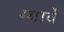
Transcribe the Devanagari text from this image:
ग्यार्वे